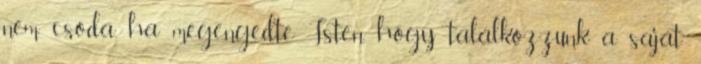
nem csoda, ha megengedte Isten, hogy találkozzunk a saját